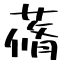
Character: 蓨